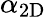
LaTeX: \alpha_{\mathrm{2D}}